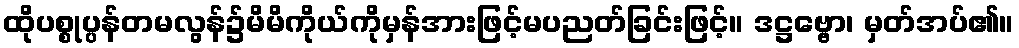
ထိုပစ္စုပ္ပန်တမလွန်၌မိမိကိုယ်ကိုမှန်အားဖြင့်မပညတ်ခြင်းဖြင့်။ ဒဋ္ဌဗ္ဗော၊ မှတ်အပ်၏။